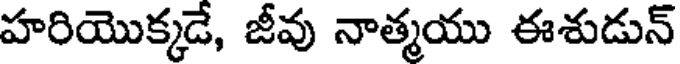
హరియొక్కడే, జీవు నాత్మయు ఈశుడున్